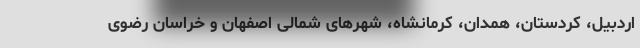
اردبیل، کردستان، همدان، کرمانشاه، شهرهای شمالی اصفهان و خراسان رضوی